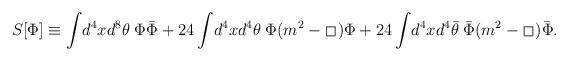
LaTeX: \begin{align*}S[\Phi] \equiv \int \!d^4x d^8\theta\; \Phi {\bar\Phi}+ 24 \int \!d^4x d^4\theta \;\Phi (m^2-\hspace{0.2ex}\raisebox{.5ex}{\fbox{}}\hspace{0.3ex}) \Phi+ 24 \int \!d^4x d^4{\bar\theta} \; {\bar\Phi}(m^2 - \hspace{0.2ex}\raisebox{.5ex}{\fbox{}}\hspace{0.3ex}) {\bar \Phi}.\end{align*}